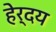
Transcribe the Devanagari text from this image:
हेर्दय